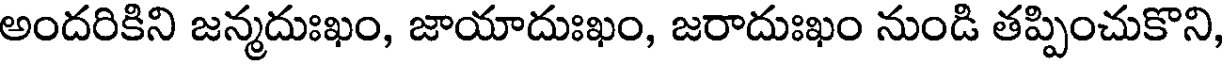
అందరికిని జన్మదుఃఖం, జాయాదుఃఖం, జరాదుఃఖం నుండి తప్పించుకొని